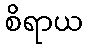
စိရာယ